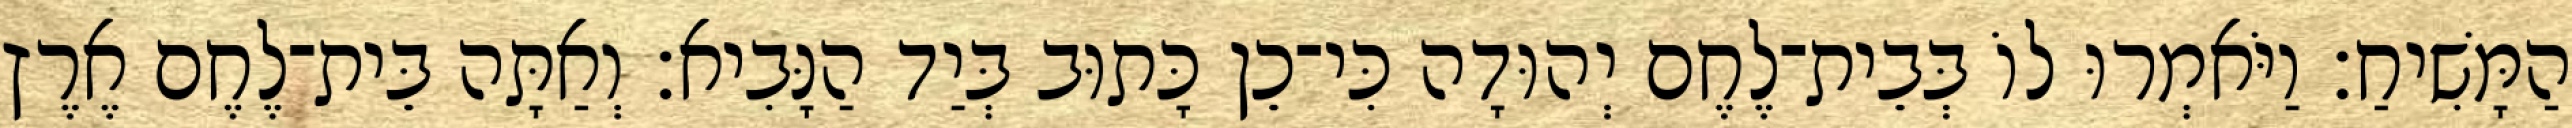
הַמָּשִׁיחַ׃ וַיֹּאמְרוּ לוֹ בְּבֵית־לֶחֶם יְהוּדָה כִּי־כֵן כָּתוּב בְּיַד הַנָּבִיא׃ וְאַתָּה בֵּית־לֶחֶם אֶרֶץ